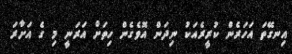
އިނގޭތަ އަހަރެން ކުރީރެއަކު ނިދަން އޮވެގެން ހިތަށް އަރަނީ މި ގެ އަށާރަ